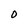
Character: 0